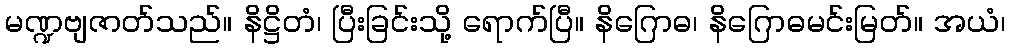
မဏ္ဍဗျဇာတ်သည်။ နိဋ္ဌိတံ၊ ပြီးခြင်းသို့ ရောက်ပြီ။ နိဂြောဓ၊ နိဂြောဓမင်းမြတ်။ အယံ၊